Annual report on the working of the lock hospitals in the Central Provinces
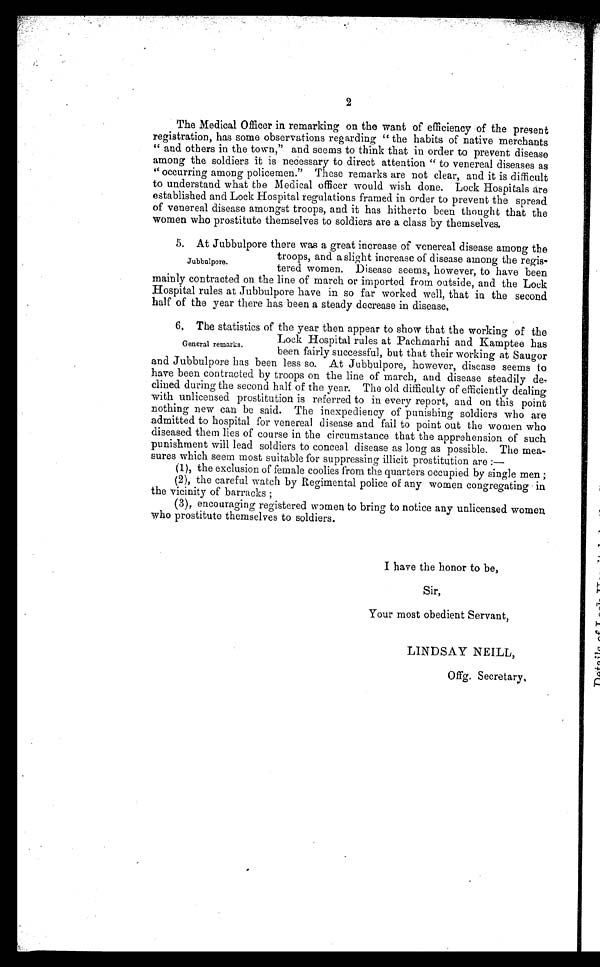
2
The Medical Officer in remarking on the want of efficiency of the present
registration, has some observations regarding " the habits of native merchants
" and others in the town," and seems to think that in order to prevent disease
among the soldiers it is necessary to direct attention " to venereal diseases as
" occurring among policemen." These remarks are not clear, and it is difficult
to understand what the Medical officer would wish done. Lock Hospitals are
established and Lock Hospital regulations framed in order to prevent the spread
of venereal disease amongst troops, and it has hitherto been thought that the
women who prostitute themselves to soldiers are a class by themselves.
Jubbulpore.
5. At Jubbulpore there was a great increase of venereal disease among the
troops, and a slight increase of disease among the
regis-tered women. Disease seems, however, to have been
mainly contracted on the line of march or imported from outside, and the Lock
Hospital rules at Jubbulpore have in so far worked well, that in the second
half of the year there has been a steady decrease in disease
.
General remarks.
6, The statistics of the year then appear to show that the working of the
Lock Hospital rules at Pachmarhi and Kamptee has
been fairly successful, but that their working at Saugor
and Jubbulpore has been less so. At Jubbulpore, however, disease seems to
have been contracted by troops on the line of march, and disease steadily
d e - c l i n e d d u r i n g t h e s e c o n d h a l f o f t h e y e a r . T h e o l d d i f f i c u l t y o f e f f i c i e n t l y d e a l i n g
with unlicensed prostitution is referred to in every report, and on this point
nothing new can be said. The inexpediency of punishing soldiers who are
admitted to hospital for venereal disease and fail to point out the women who
diseased them lies of course in the circumstance that the apprehension of such
punishment will lead soldiers to conceal disease as long as possible. The mea-
sures which seem most suitable for suppressing illicit prostitution are :-
(1), the exclusion of female coolies from the quarters occupied by single men ;
(2), the careful watch by Regimental police of any women congregating
in the vicinity of barracks ;
(3), encouraging registered women to bring to notice any unlicensed women
who prostitute themselves to soldiers.
I have the honor to be,
Sir,
Your most obedient Servant,
LINDSAY NEILL,